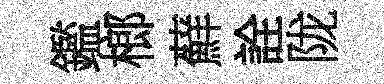
鑑榔蘚詮陇